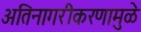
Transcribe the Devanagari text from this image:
अतिनागरीकरणामुळे